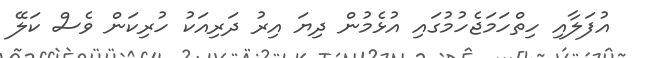
އުފަލާއި ހިތްހަމަޖެހުމުގައި އުޅެމުން ދިޔަ އިރު ދަރިއަކު ހުރިކަން ވެސް ކަލޭ